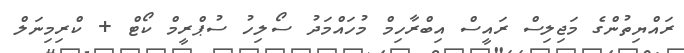
ރައްޔިތުންގެ މަޖިލިސް ރައީސް އިބްރާހިމް މުހައްމަދު ސޯލިހު ސުޕްރީމް ކޯޓް + ކްރިމިނަލް